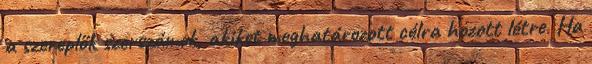
a szereplők szerszámok, akiket meghatározott célra hozott létre. Ha